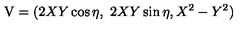
{ \mathrm { \boldmath V } } = ( 2 X Y \cos \eta , \ 2 X Y \sin \eta , X ^ { 2 } - Y ^ { 2 } )